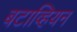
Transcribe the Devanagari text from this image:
बटाव्हियन